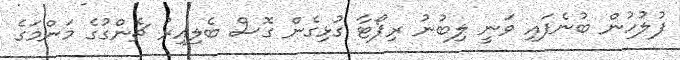
ފުލުހުން ބުނެފައި ވަނީ ލިބުނު ރިޕޯޓާ ގުޅިގެން ގޮސް ބެލިއިރު ޗެންގުގެ މަންމަގެ